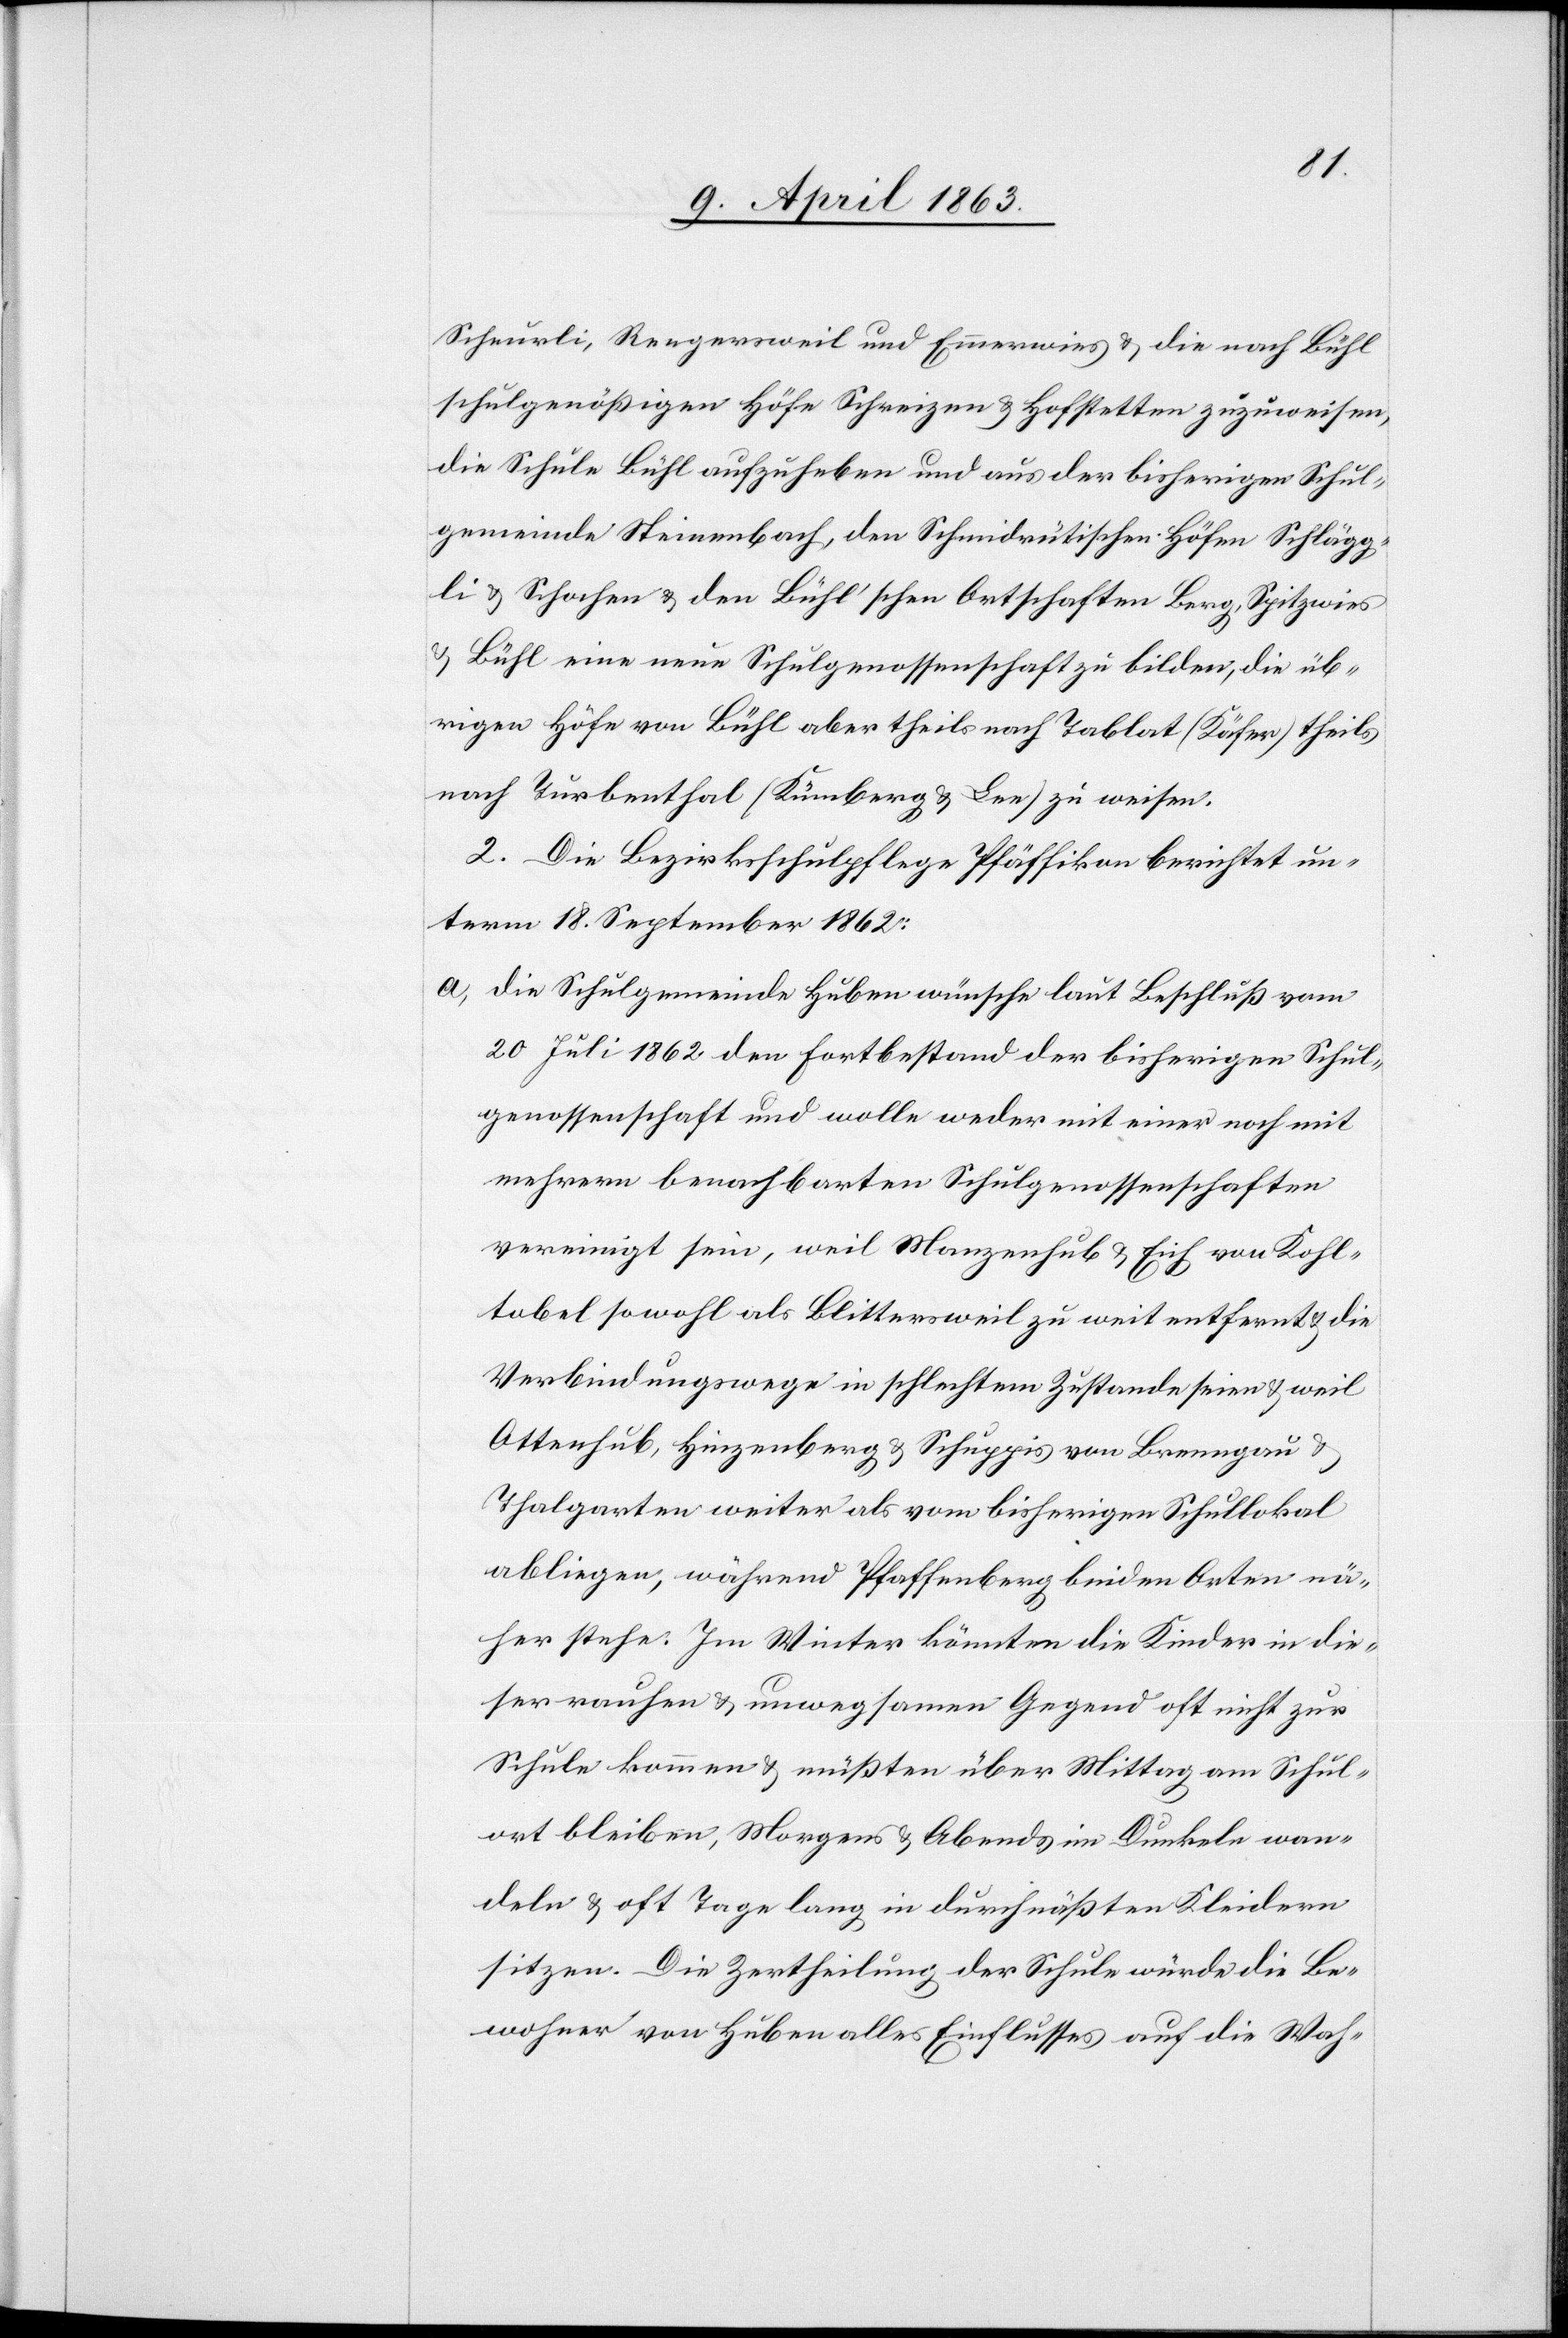
Scheurli, Rengersweil und Emmerwies & die nach Bühl
schulgenößigen Höfe Schreizen & Hofstetten zuzuweisen,
die Schule Bühl aufzuheben und aus der bisherigen Schul¬
gemeinde Steinenbach, den Schmidrütischen Höfen Schläggli
& Schochen & den Bühl'schen Ortschaften Berg, Spitzwies
& Bühl eine neue Schulgenossenschaft zu bilden, die üb¬
rigen Höfe von Bühl aber theils nach Tablat (Käfer) theils
nach Turbenthal (Kümberg & Lee) zu weisen.
2. Die Bezirksschulpflege Pfäffikon berichtet un¬
term 18. September 1862:
a) die Schulgemeinde Huben wünsche laut Beschluß vom
20 Juli 1862 den Fortbestand der bisherigen Schul¬
genossenschaft und wolle weder mit einer noch mit
mehrern benachbarten Schulgenossenschaften
vereinigt sein, weil Manzenhub & Eich von Kohl¬
tobel sowohl als Blittersweil zu weit entfernt & die
Verbindungswege in schlechtem Zustande seien & weil
Ottenhub, Hinzenberg & Schuppis von Brenngau &
Thalgarten weiter als vom bisherigen Schullokal
abliegen, während Pfaffenberg beiden Orten nä¬
her stehe. Im Winter könnten die Kinder in die¬
ser rauhen & unwegsamen Gegend oft nicht zur
Schule kommen & müßten über Mittag am Schul¬
ort bleiben, Morgens & Abends im Dunkeln wan¬
deln & oft Tage lang in durchnäßten Kleidern
sitzen. Die Zertheilung der Schule würde die Be¬
wohner von Huben alles Einflusses auf die Wah-